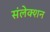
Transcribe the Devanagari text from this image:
संलेक्शन